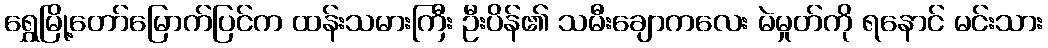
ရွှေမြို့တော်မြောက်ပြင်က ထန်းသမားကြီး ဦးပိန်၏ သမီးချောကလေး မဲမှုတ်ကို ရနောင် မင်းသား